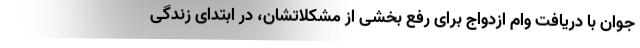
جوان با دریافت وام ازدواج برای رفع بخشی از مشکلاتشان، در ابتدای زندگی